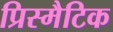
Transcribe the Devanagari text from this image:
प्रिस्मैटिक